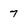
Character: 7